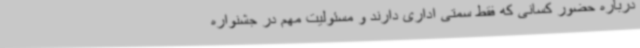
درباره حضور کسانی که فقط سمتی اداری دارند و مسئولیت مهم در جشنواره